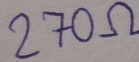
Text: 270Ω